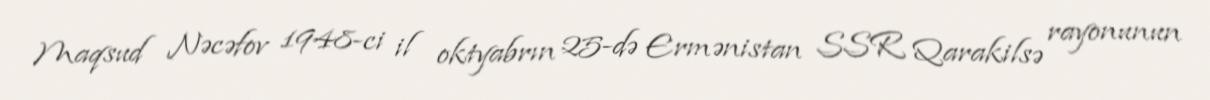
Maqsud Nəcəfov 1948-ci il oktyabrın 25-də Ermənistan SSR Qarakilsə rayonunun